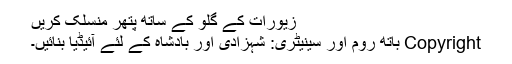
زیورات کے گلو کے ساتھ پتھر منسلک کریں
Copyright باتھ روم اور سینیٹری: شہزادی اور بادشاہ کے لئے آئیڈیا بنائیں۔